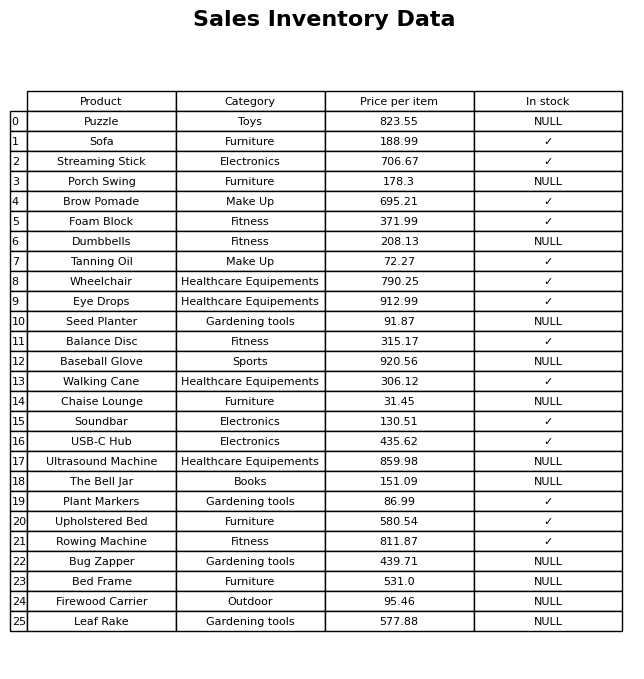
question: What is the price of the Firewood Carrier?
answer: The price of Firewood Carrier is 95.46.